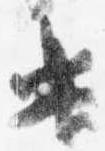
遣